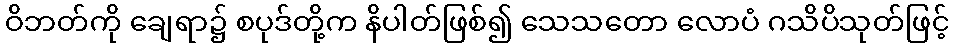
ဝိဘတ်ကို ချေရာ၌ စပုဒ်တို့က နိပါတ်ဖြစ်၍ သေသတော လောပံ ဂသိပိသုတ်ဖြင့်